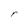
Character: r